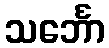
သင်္ဘော